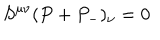
LaTeX: S ^ { \mu \nu } ( P + P _ { - } ) _ { \nu } = 0